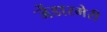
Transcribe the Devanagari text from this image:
जेंडारमेरी